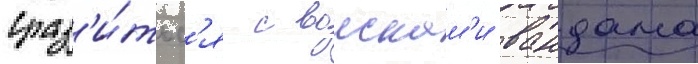
сраз'и́тьс'я с воискам'и вандама